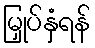
မြှုပ်နှံရန်